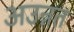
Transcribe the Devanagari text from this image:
अउन्नत